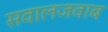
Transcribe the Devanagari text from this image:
सवालजवाब